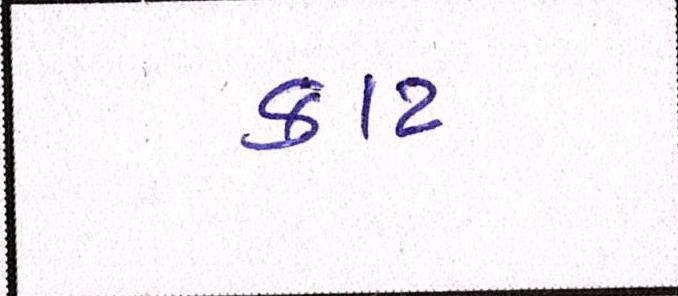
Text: કાટ